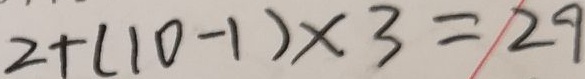
2 + ( 1 0 - 1 ) \times 3 = 2 9